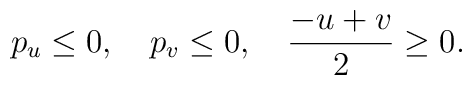
p_u \leq 0,\quad p_v \leq 0,\quad \frac{-u+v}{2} \geq 0.